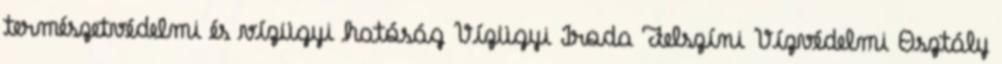
természetvédelmi és vízügyi hatóság Vízügyi Iroda Felszíni Vízvédelmi Osztály